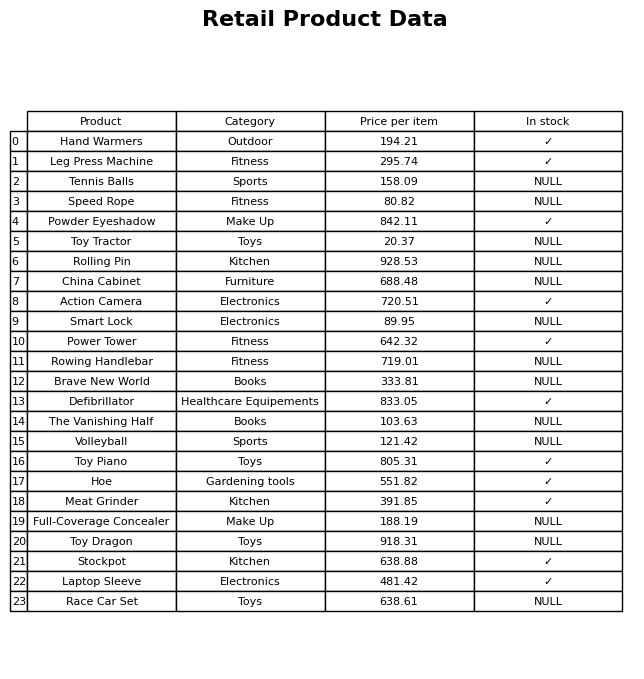
question: What is the price of the Volleyball?
answer: The price of Volleyball is 121.42.